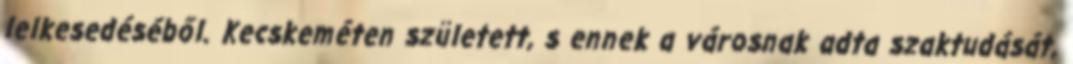
lelkesedéséből. Kecskeméten született, s ennek a városnak adta szaktudását,